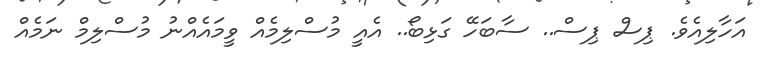
އަހާލިއެވެ. ޕިސް ޕިސް.. ސާބަހޭ ގަޅިބޯ.. އެއީ މުސްލިމެއް ވީމައެއްނު މުސްލިމް ނަމެއް